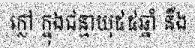
ក្លៅ ក្នុងជន្មាយុ៥៥ឆ្នាំ នឹង